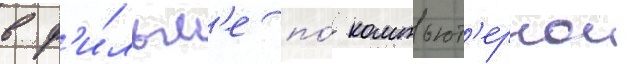
в ф'и́льм'е по́ компьют'ернои